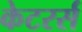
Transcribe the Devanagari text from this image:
केटरर्स